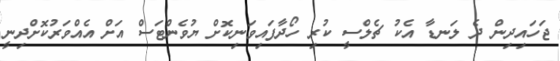
ޖަހައިދިން ދެ ލަނޑާ އެކު ޗެލްސީ ކުރި ހޯދާފައިވަނިކޮށް ޔުވެންޓަސް އަށް އެއްވަރުކޮށްދިނީ